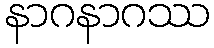
နာဂနာဂဿ